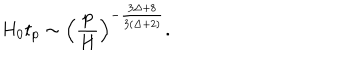
H _ { 0 } t _ { p } \sim \left( \frac { p } { H } \right) ^ { - \frac { 3 \Delta + 8 } { 3 ( \Delta + 2 ) } } .